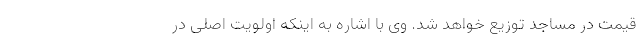
قیمت در مساجد توزیع خواهد شد. وی با اشاره به اینکه اولویت اصلی در